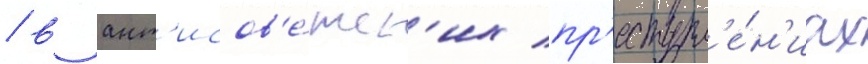
/ в ант'исов'е́тск'их пр'еступл'е́н'иах